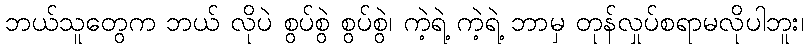
ဘယ်သူတွေက ဘယ် လိုပဲ စွပ်စွဲ စွပ်စွဲ၊ ကဲ့ရဲ့ ကဲ့ရဲ့ ဘာမှ တုန်လှုပ်စရာမလိုပါဘူး၊